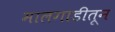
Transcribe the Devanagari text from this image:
मालगाडीतून